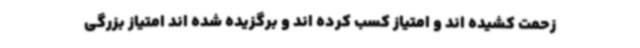
زحمت کشیده اند و امتیاز کسب کرده اند و برگزیده شده اند امتیاز بزرگی